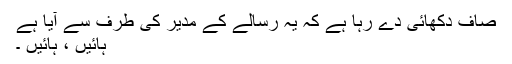
صاف دکھائی دے رہا ہے کہ یہ رسالے کے مدیر کی طرف سے آیا ہے
ہائیں ، ہائیں ۔